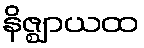
နိဇ္ဈာယထ